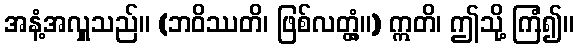
အနံ့အလှူသည်။ (ဘဝိဿတိ၊ ဖြစ်လတ္တံ့။) ဣတိ၊ ဤသို့ ကြံ၍။